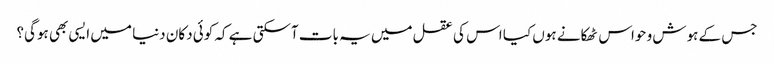
جس کے ہوش و حواس ٹھکانے ہوں کیا اس کی عقل میں یہ بات آسکتی ہے کہ کوئی دکان دنیا میں ایسی بھی ہوگی؟